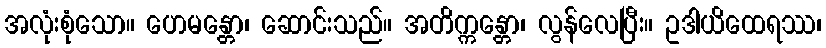
အလုံးစုံသော။ ဟေမန္တော၊ ဆောင်းသည်။ အတိက္ကန္တော၊ လွန်လေပြီး။ ဥဒါယိထေရဿ၊